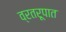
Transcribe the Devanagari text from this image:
व्रतरूपात